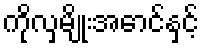
ကိုလှမျိုးအောင်နှင့်